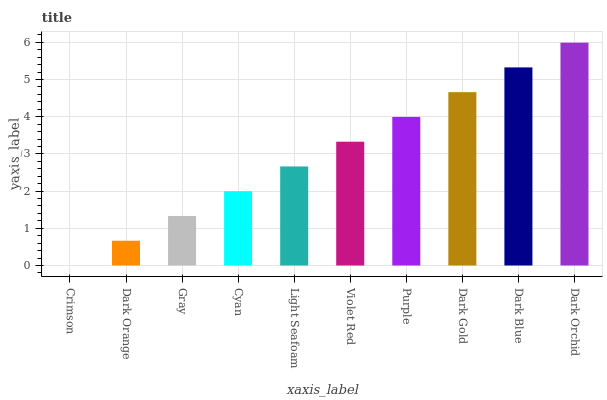
| xaxis_label | bars |
 | --- | --- |
 | Crimson | 0 |
 | Dark Orange | 0.666 |
 | Gray | 1.33 |
 | Cyan | 2 |
 | Light Seafoam | 2.66 |
 | Violet Red | 3.33 |
 | Purple | 3.99 |
 | Dark Gold | 4.66 |
 | Dark Blue | 5.32 |
 | Dark Orchid | 5.99 |